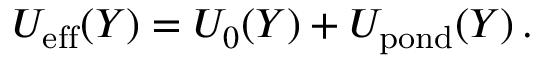
\begin{array} { r } { U _ { \mathrm { e f f } } ( Y ) = U _ { 0 } ( Y ) + U _ { \mathrm { p o n d } } ( Y ) \, . } \end{array}